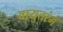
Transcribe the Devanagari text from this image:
वायुतरंगें